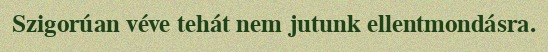
Szigorúan véve tehát nem jutunk ellentmondásra.